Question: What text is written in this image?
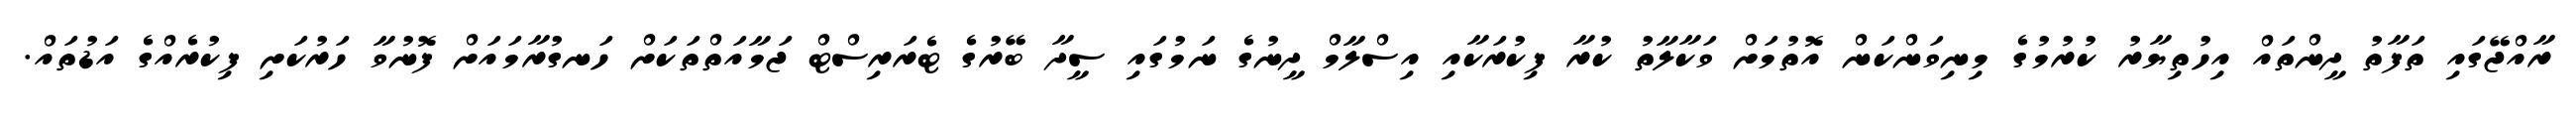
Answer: ރާއްޖޭގައި ތަފާތު ދީންތައް އިހުތިޔާރު ކުރުމުގެ މިނިވަންކަން އޮތުމަށް ވަކާލާތު ކުރާ ފިކުރަކާއި އިސްލާމް ދީނުގެ ނަމުގައި ސީދާ ބޭރުގެ ޓެރަރިސްޓް ޖަމާއަތްތަކަށް ހަނގުރާމައަށް ފޮނުވާ ހަރުކަށި ފިކުރެއްގެ އަޑުތައް.